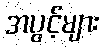
အပွင့်များ